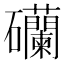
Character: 𥗺